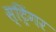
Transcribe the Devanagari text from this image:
स्ट्रिंगर